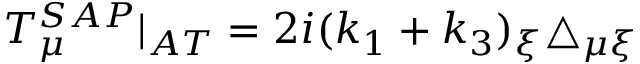
T _ { \mu } ^ { S A P } | _ { A T } = 2 i ( k _ { 1 } + k _ { 3 } ) _ { \xi } \triangle _ { \mu \xi }